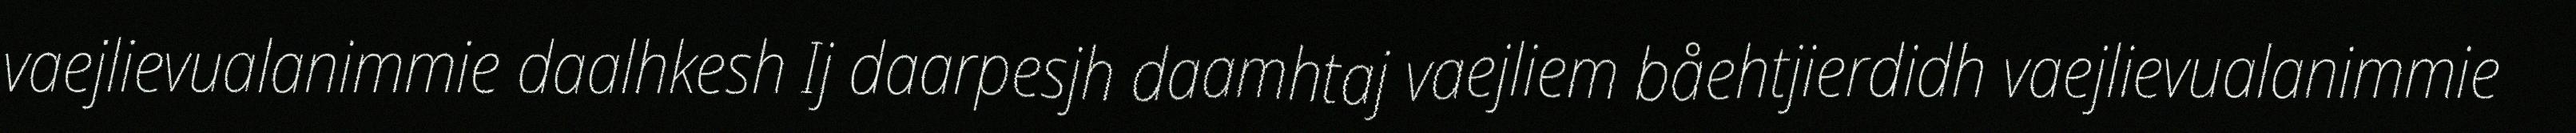
vaejlievualanimmie daalhkesh Ij daarpesjh daamhtaj vaejliem båehtjierdidh vaejlievualanimmie